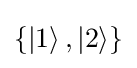
\left\{\left\vert 1\right\rangle ,\left\vert 2\right\rangle \right\}